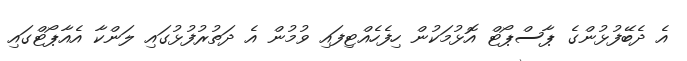
އެ ދެބޭފުޅުންގެ ޕާސްޕޯޓް އޮޅުމަކުން ހިފެހެއްޓިފައި ވުމުން އެ ދަތުރުފުޅުގައި ލަންކާ އެއާޕޯޓްގައި